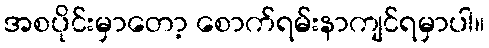
အစပိုင်းမှာတော့ စောက်ရမ်းနာကျင်ရမှာပါ။